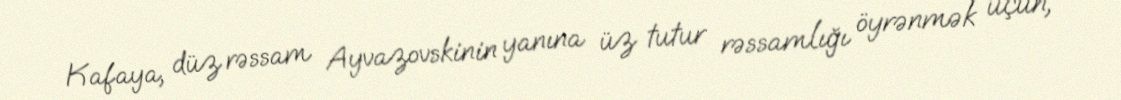
Kafaya, düz rəssam Ayvazovskinin yanına üz tutur rəssamlığı öyrənmək üçün,